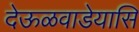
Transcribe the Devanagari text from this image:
देऊळवाडेयासि